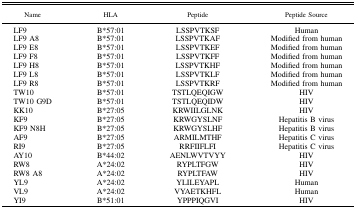
| Name | HLA | Peptide | Peptide Source |
 | --- | --- | --- | --- |
 | LF9 | B*57:01 | LSSPVTKSF | Human |
 | LF9 A8 | B*57:01 | LSSPVTKAF | Modified from human |
 | LF9 E8 | B*57:01 | LSSPVTKEF | Modified from human |
 | LF9 F8 | B*57:01 | LSSPVTKFF | Modified from human |
 | LF9 H8 | B*57:01 | LSSPVTKHF | Modified from human |
 | LF9 L8 | B*57:01 | LSSPVTKLF | Modified from human |
 | LF9 R8 | B*57:01 | LSSPVTKRF | Modified from human |
 | TW10 | B*57:01 | TSTLQEQIGW | HIV |
 | TW10 G9D | B*57:01 | TSTLQEQIDW | HIV |
 | KK10 | B*27:05 | KRWIILGLNK | HIV |
 | KF9 | B*27:05 | KRWGYSLNF | Hepatitis B virus |
 | KF9 N8H | B*27:05 | KRWGYSLHF | Hepatitis B virus |
 | AF9 | B*27:05 | ARMILMTHF | Hepatitis C virus |
 | RI9 | B*27:05 | RRFIIFLFI | Hepatitis C virus |
 | AY10 | B*44:02 | AENLWVTVYY | HIV |
 | RW8 | A*24:02 | RYPLTFGW | HIV |
 | RW8 A8 | A*24:02 | RYPLTFAW | HIV |
 | YL9 | A*24:02 | YLILEYAPL | Human |
 | VL9 | A*24:02 | VYAETKHFL | Human |
 | YI9 | B*51:01 | YPPPIQGVI | HIV |